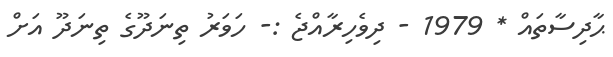
ޙާދިސާތައް * 1979 - ދިވެހިރާއްޖެ :- ހަވަރު ތިނަދޫގެ ތިނަދޫ އަށް